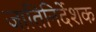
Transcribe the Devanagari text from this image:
जातिनिर्देशक